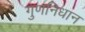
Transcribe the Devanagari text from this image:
गुणनिधान